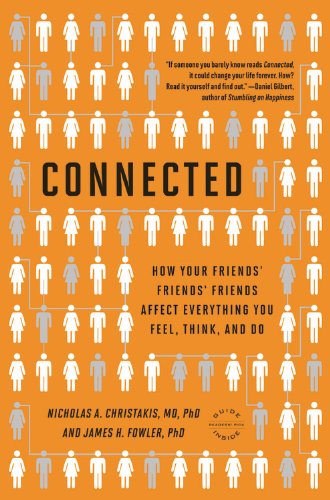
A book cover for Connected: The Surprising Power of Our Social Networks and How They Shape Our Lives -- How Your Friends' Friends' Friends Affect Everything You Feel, Think, and Do; Nicholas A. Christakis; Medical Books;